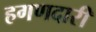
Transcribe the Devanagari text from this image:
हगणदारी